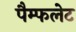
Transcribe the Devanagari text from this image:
पैम्‍फलेट